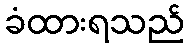
ခံထားရသည်